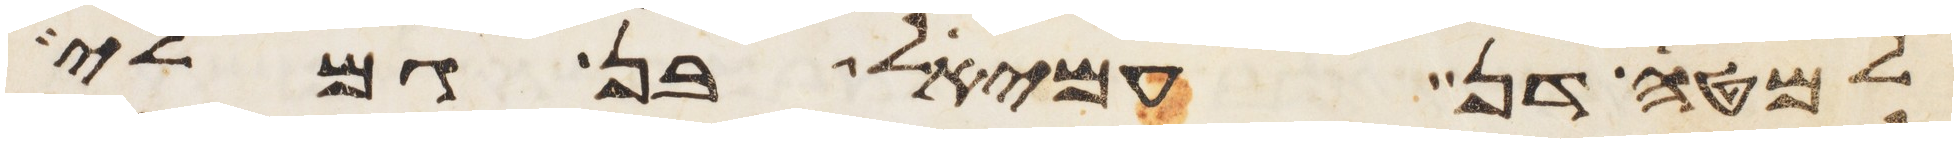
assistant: למטה דן עמיאל בן גמלי